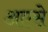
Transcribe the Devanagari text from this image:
अएसे